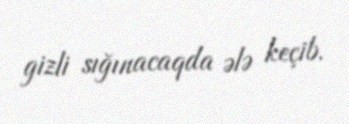
gizli sığınacaqda ələ keçib.